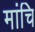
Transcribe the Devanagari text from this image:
मांचि